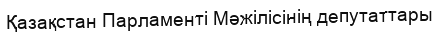
Қазақстан Парламенті Мәжiлiсінің депутаттары